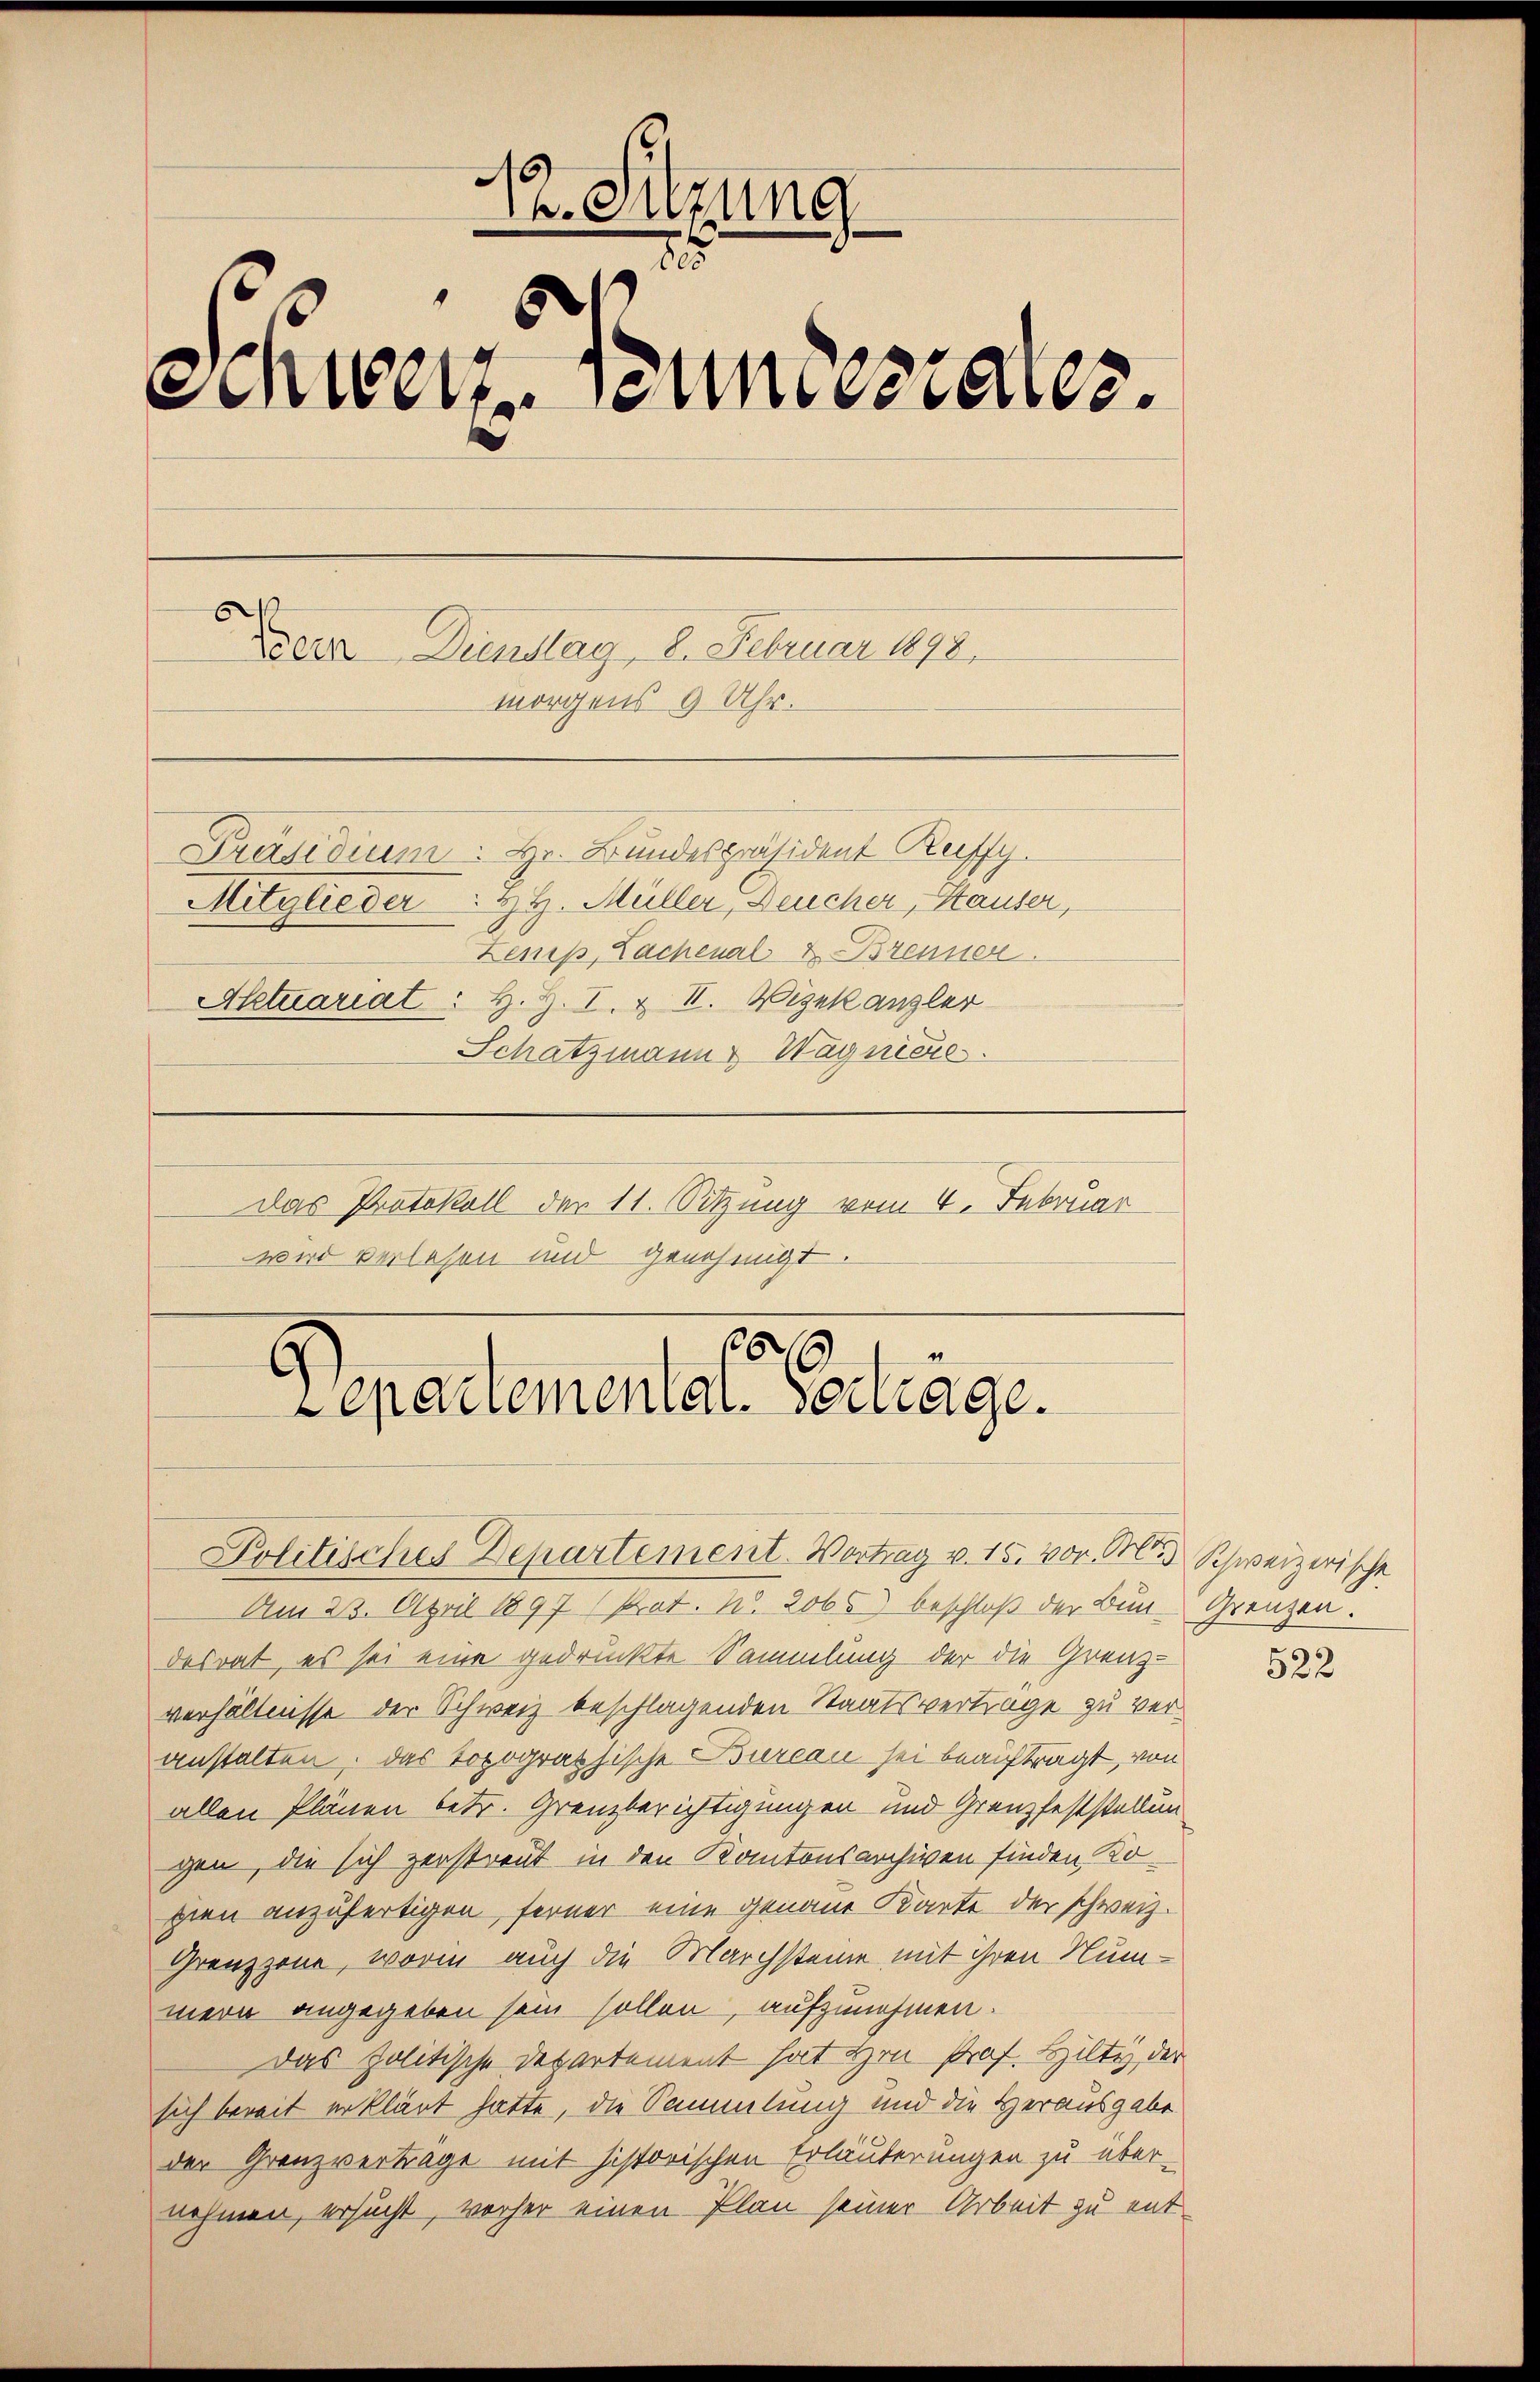
12. Sitzune
25
¬
Schweiz. Bundestales.
Dreur Dienstag, 2. Februar 1878.
morgens 9 Uhr.
Präsidium. Hr. Bundespräsident Ruffy
Mitglieder. H. Müller, Neucher, Stauser,
Lenip, Lachenal & Brenner
Aktuariat : H. Z. I. & II. Vizekanzler
Schatzmann Wagner.
Das Protokoll der 11. Sitzung vom 4. Februar
wird verlesen und genehmigt.

Separtemental ertrage.

Politisches Departement-Vortrag v. 15. vor. Pr. Schweizerische
Am 23. April 1897 (Prot. No. 2065) beschloß der Bun- Grenzen.
desrat, es sei eine gedruckte Sammlung der die Grenz-
verhältnisse der Schweiz beschlagenden Staatsvertrage zu veranstalten. Das topographische Bureau sei beauftragt, von
allen Plänen betr. Grenzberichtigungen und Grenzfeststellungen, die sich zerstreut in den Kantonsarchiven finden Kosien anzufertigen, ferner eine genaue Karte der schweiz.
Grenzzone, worin auch die Marchsteine mit ihren Nummern angegeben sein sollen, aufzunehmen.
Das politische Departement hat Hrn. Prof. Hilty, der
sich bereit erklärt hatte, die Sammlung und die Herausgabe
der Granzvertrage mit historischen Erläuterungen zu über-
nehmen, ersucht, vorher einen Plan seiner Arbeit zu ent¬

522